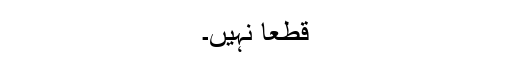
قطعاً نہیں۔